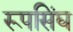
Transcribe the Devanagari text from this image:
रूपसिंघ